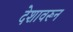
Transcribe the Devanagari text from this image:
देशावरून